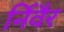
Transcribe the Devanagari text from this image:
र्निवैर